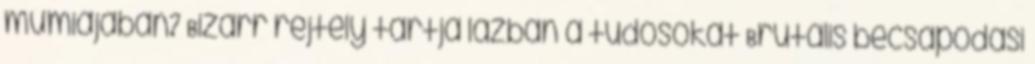
múmiájában? Bizarr rejtély tartja lázban a tudósokat Brutális becsapódási